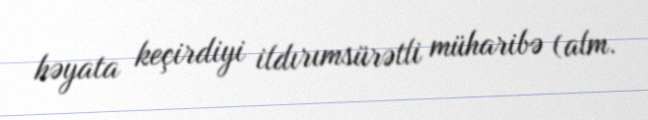
həyata keçirdiyi ildırımsürətli müharibə (alm.